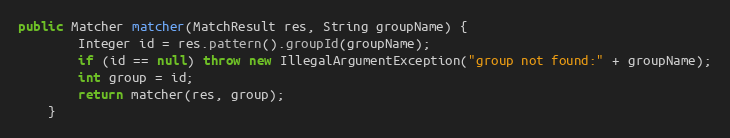
Language: Java
public Matcher matcher(MatchResult res, String groupName) {
        Integer id = res.pattern().groupId(groupName);
        if (id == null) throw new IllegalArgumentException("group not found:" + groupName);
        int group = id;
        return matcher(res, group);
    }